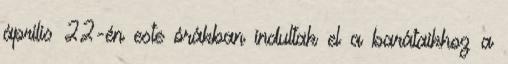
április 22-én este órákban indultak el a barátaikhoz a